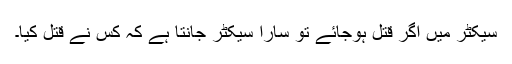
سیکٹر میں اگر قتل ہوجائے تو سارا سیکٹر جانتا ہے کہ کس نے قتل کیا۔